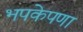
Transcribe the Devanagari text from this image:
भपकेपणा